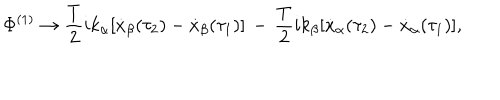
\Phi ^ { ( 1 ) } \rightarrow { \frac { T } { 2 } } i k _ { \alpha } [ \dot { x } _ { \beta } ( \tau _ { 2 } ) - \dot { x } _ { \beta } ( \tau _ { 1 } ) ] \, - \, { \frac { T } { 2 } } i k _ { \beta } [ \dot { x } _ { \alpha } ( \tau _ { 2 } ) - \dot { x } _ { \alpha } ( \tau _ { 1 } ) ] ,